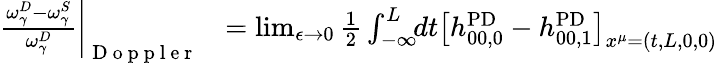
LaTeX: \begin{array}{rl}{\frac{\omega_{\gamma}^{D}-\omega_{\gamma}^{S}}{\omega_{\gamma}^{D}}\bigg|_{\mathrm{~D~o~p~p~l~e~r~}}\! \! }&{{}=\operatorname*{lim}_{\epsilon\to 0}\frac{1}{2}\int_{-\infty}^{L}\! \! dt\big[h_{00,0}^{\mathrm{PD}}-h_{00,1}^{\mathrm{PD}}\big]_{x^{\mu}=(t,L,0,0)}}\end{array}